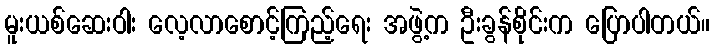
မူးယစ်ဆေးဝါး လေ့လာစောင့်ကြည့်ရေး အဖွဲ့က ဦးခွန်စိုင်းက ပြောပါတယ်။